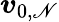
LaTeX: \boldsymbol{v}_{0,\mathscr{N}}